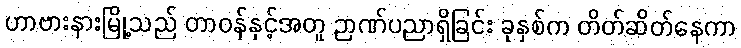
ဟာဗားနားမြို့သည် တာဝန်နှင့်အတူ ဉာဏ်ပညာရှိခြင်း ခုနှစ်က တိတ်ဆိတ်နေကာ